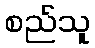
စည်သူ